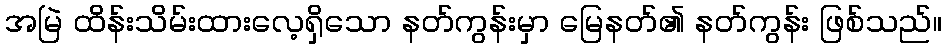
အမြဲ ထိန်းသိမ်းထားလေ့ရှိသော နတ်ကွန်းမှာ မြေနတ်၏ နတ်ကွန်း ဖြစ်သည်။